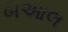
બઆલ